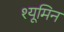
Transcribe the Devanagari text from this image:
श्यूमिन